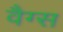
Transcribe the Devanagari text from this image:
वैग्स